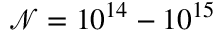
\mathcal { N } = 1 0 ^ { 1 4 } - 1 0 ^ { 1 5 }